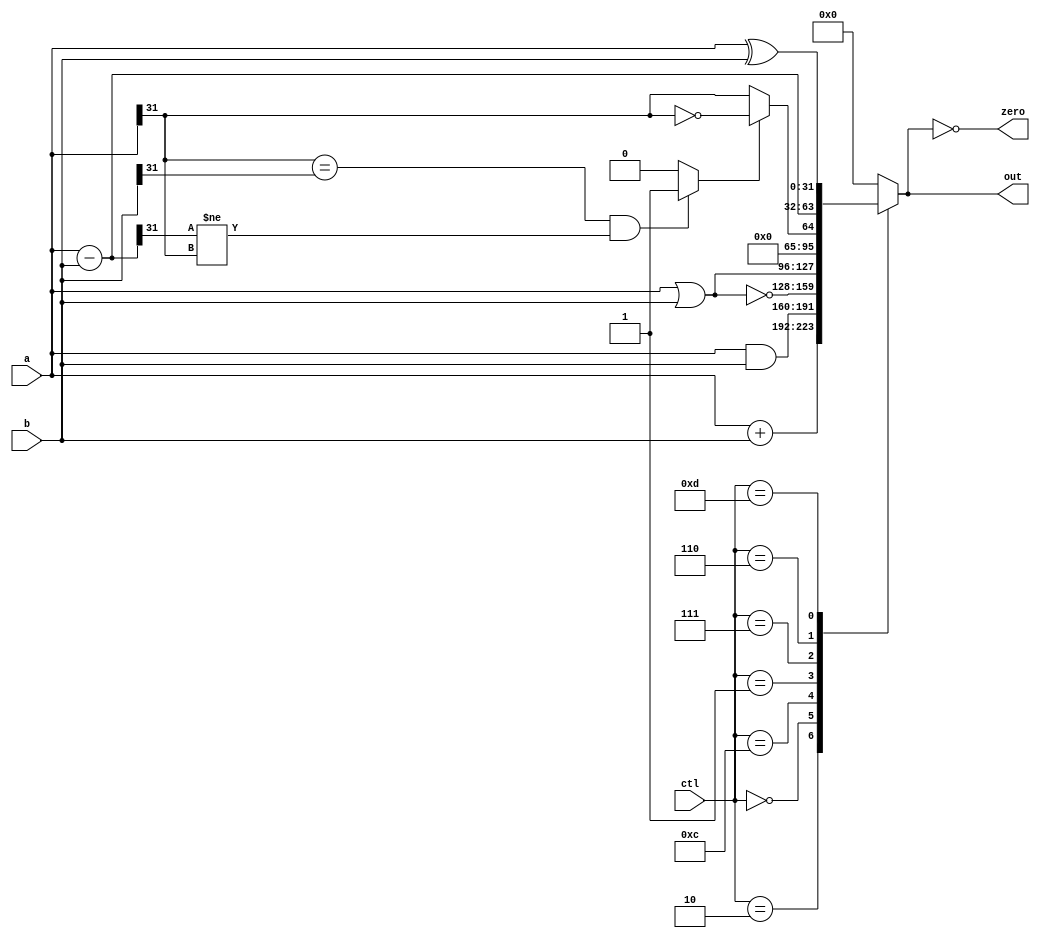
`ifndef _alu
`define _alu

/*`include "rc_adder.v"*/

module alu(
		input		[3:0]	ctl,
		input		[31:0]	a, b,
		output reg	[31:0]	out,
		output				zero);

	wire [31:0] sub_ab;
	wire [31:0] add_ab;
	wire 		oflow_add;
	wire 		oflow_sub;
	wire 		oflow;
	wire 		slt;

	assign zero = (0 == out);

	assign sub_ab = a - b;
	assign add_ab = a + b;
	/*rc_adder #(.N(32)) add0(.a(a), .b(b), .s(add_ab));*/

	// overflow occurs (with 2s complement numbers) when
	// the operands have the same sign, but the sign of the result is
	// different.  The actual sign is the opposite of the result.
	// It is also dependent on whether addition or subtraction is performed.
	assign oflow_add = (a[31] == b[31] && add_ab[31] != a[31]) ? 1 : 0;
	assign oflow_sub = (a[31] == b[31] && sub_ab[31] != a[31]) ? 1 : 0;

	assign oflow = (ctl == 4'b0010) ? oflow_add : oflow_sub;

	// set if less than, 2s compliment 32-bit numbers
	assign slt = oflow_sub ? ~(a[31]) : a[31];

	always @(*) begin
		case (ctl)
			4'd2:  out <= add_ab;				/* add */
			4'd0:  out <= a & b;				/* and */
			4'd12: out <= ~(a | b);				/* nor */
			4'd1:  out <= a | b;				/* or */
			4'd7:  out <= {{31{1'b0}}, slt};	/* slt */
			4'd6:  out <= sub_ab;				/* sub */
			4'd13: out <= a ^ b;				/* xor */
			default: out <= 0;
		endcase
	end

endmodule

`endif